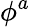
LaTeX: \phi^{a}